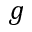
g